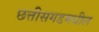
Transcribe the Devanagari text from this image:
छत्तीसगडमधील